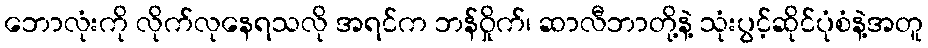
ဘောလုံးကို လိုက်လုနေရသလို အရင်က ဘန်ဝှိုက်၊ ဆာလီဘာတို့နဲ့ သုံးပွင့်ဆိုင်ပုံစံနဲ့အတူ